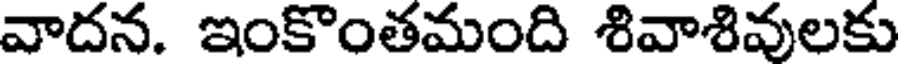
వాదన. ఇంకొంతమంది శివాశివులకు